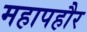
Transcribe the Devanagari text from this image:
महापहौर